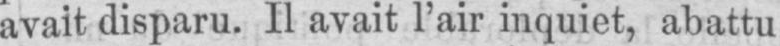
avait disparu. Il avait l’air inquiet, abattu